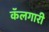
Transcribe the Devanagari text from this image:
कॅलगारी